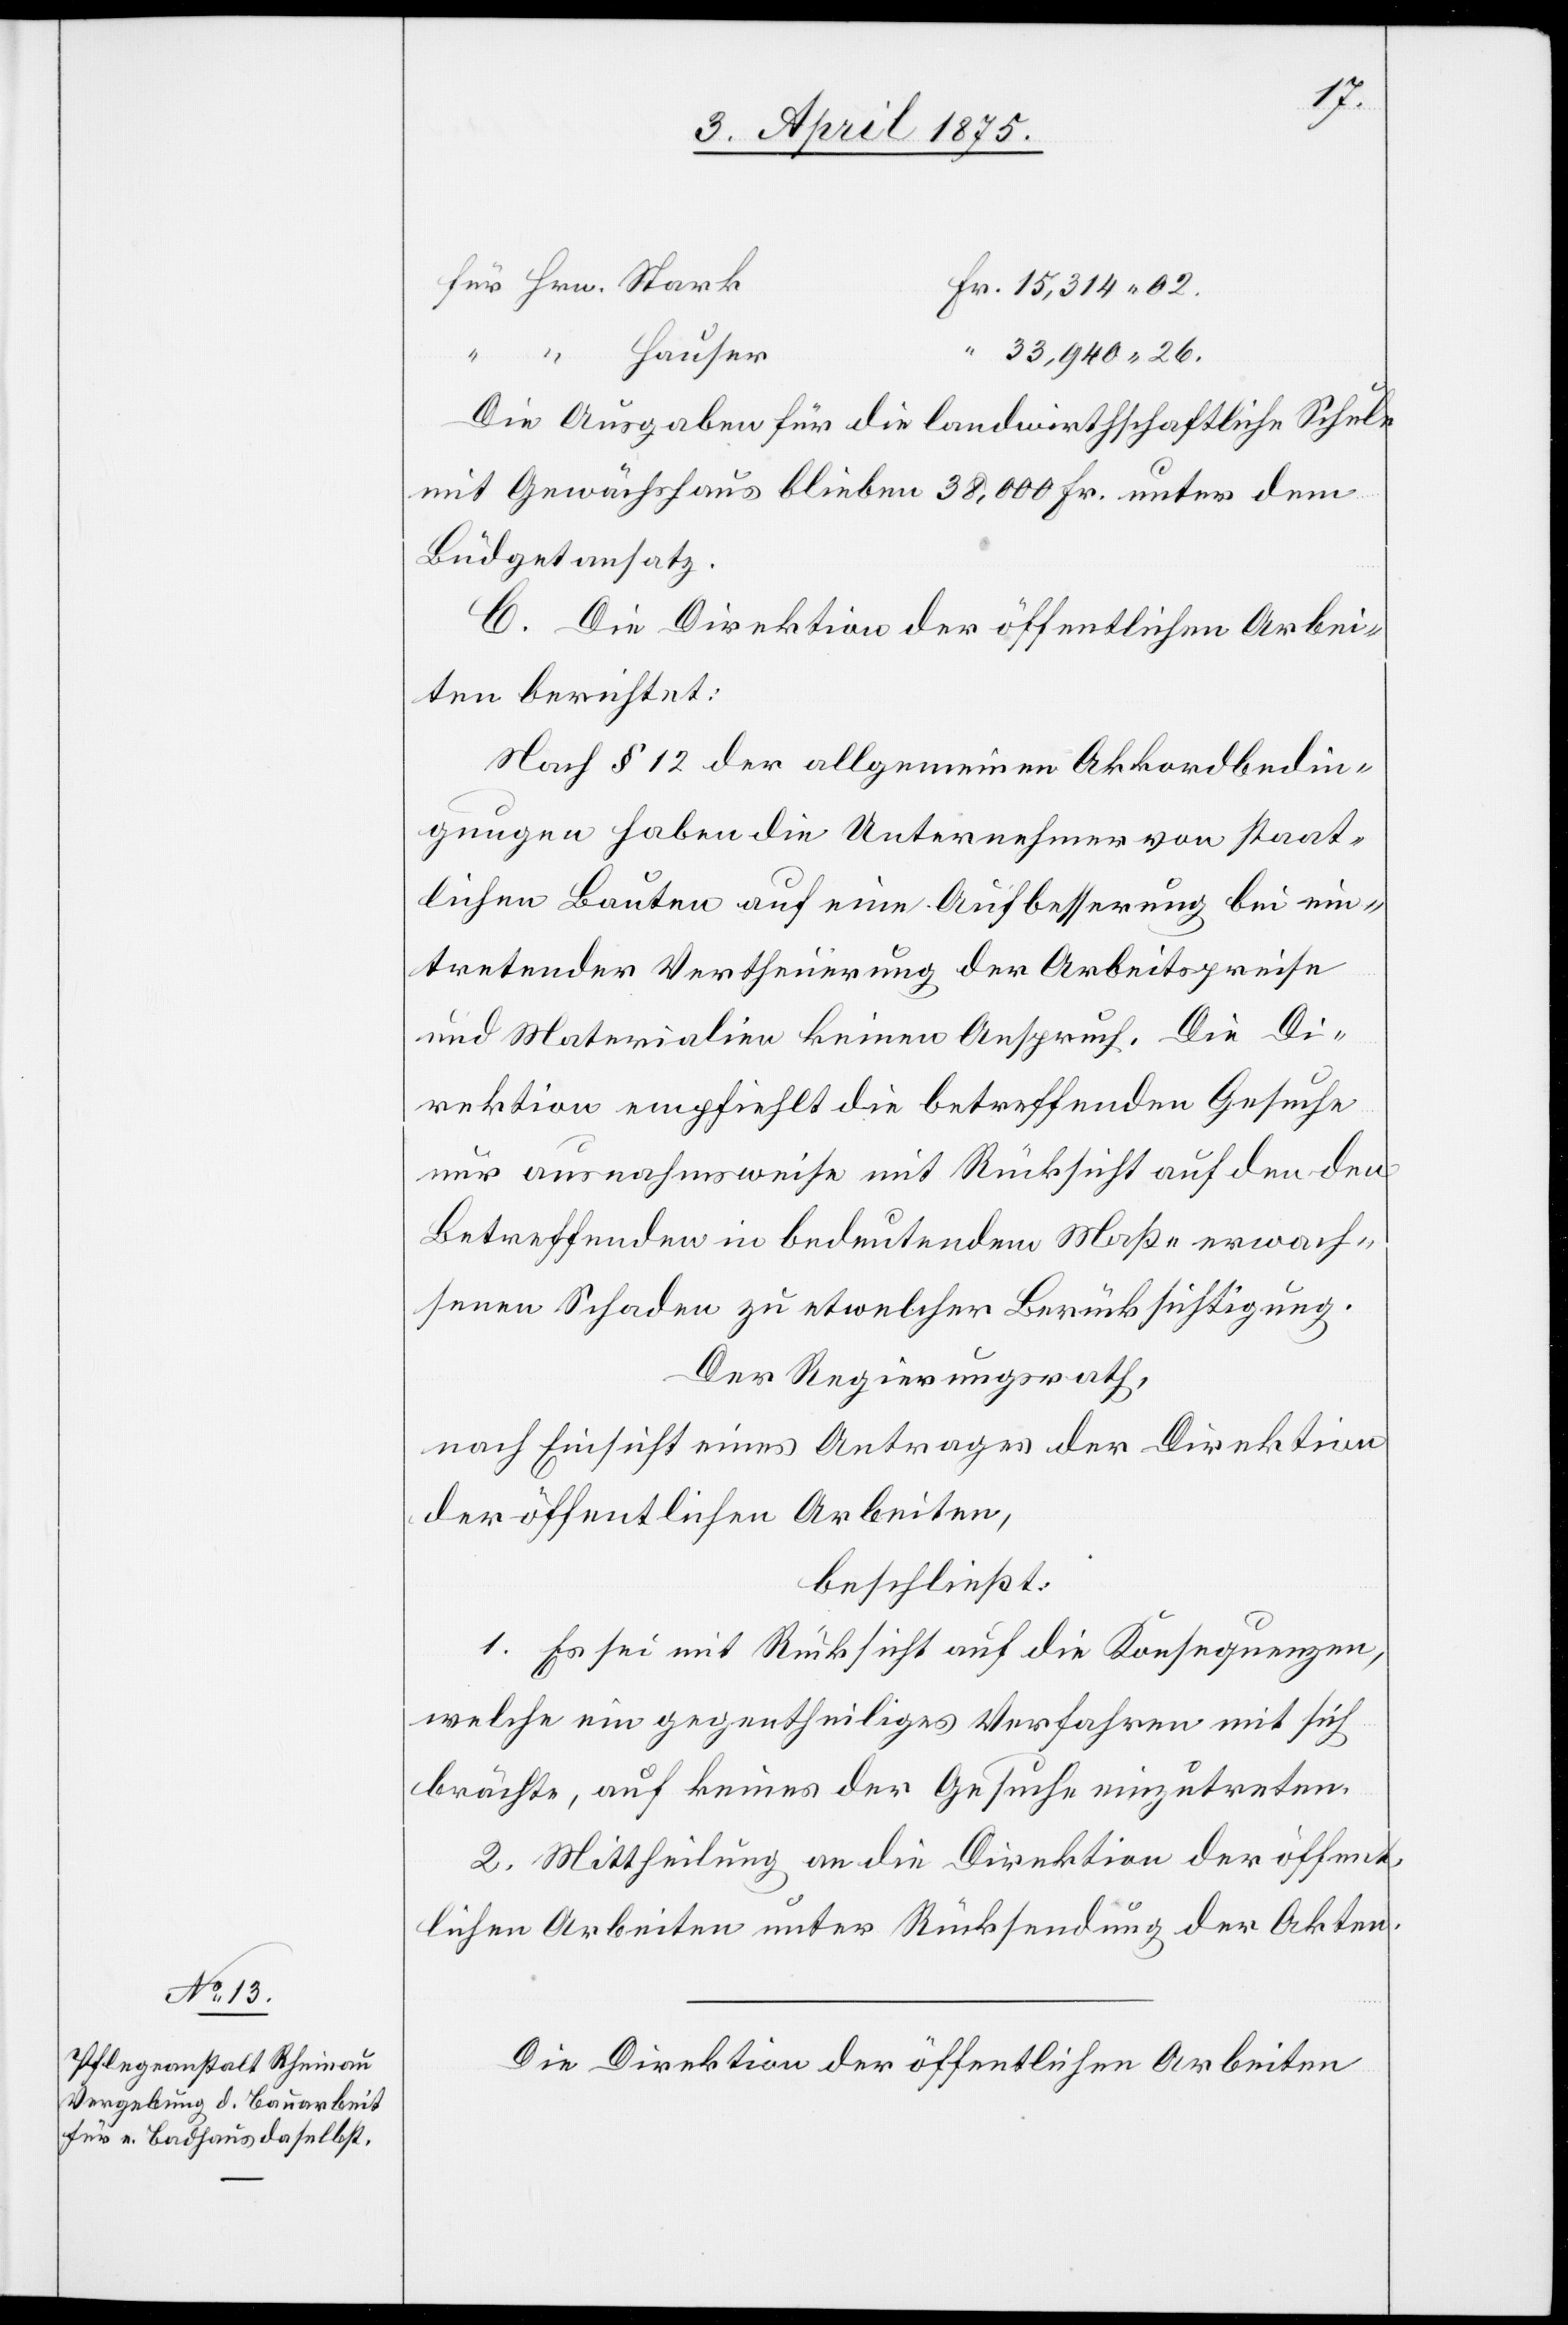
33,940 26.
Die Ausgaben für die landwirtschaftliche Schule
mit Gewächshaus blieben 38,000 Fr. unter dem
Büdgetansatz.
C. Die Direktion der öffentlichen Arbei¬
ten berichtet:
Nach § 12 der allgemeinen Akkordbedin¬
gungen haben die Unternehmer von staat¬
lichen Bauten auf eine Aufbesserung bei ein¬
tretender Vertheuerung der Arbeitspreise
und Materialien keinen Anspruch. Die Di¬
rektion empfiehlt die betreffenden Gesuche
nur ausnahmsweise mit Rücksicht auf den
betreffenden in bedeutendem Maße erwach¬
senen Schaden zu etwelcher Berücksichtigung.
Der Regierungsrath,
nach Einsicht eines Antrages der Direktion
der öffentlichen Arbeiten,
beschließt:
1. Es sei mit Rücksicht auf die Konsequenzen,
welche ein gegentheiliges Verfahren mit sich
brächte, auf keines der Gesuche einzutreten.
2. Mittheilung an die Direktion der öffent¬
lichen arbeiten unter Rücksendung der Akten.
Die Direktion der öffentlichen Arbeiten